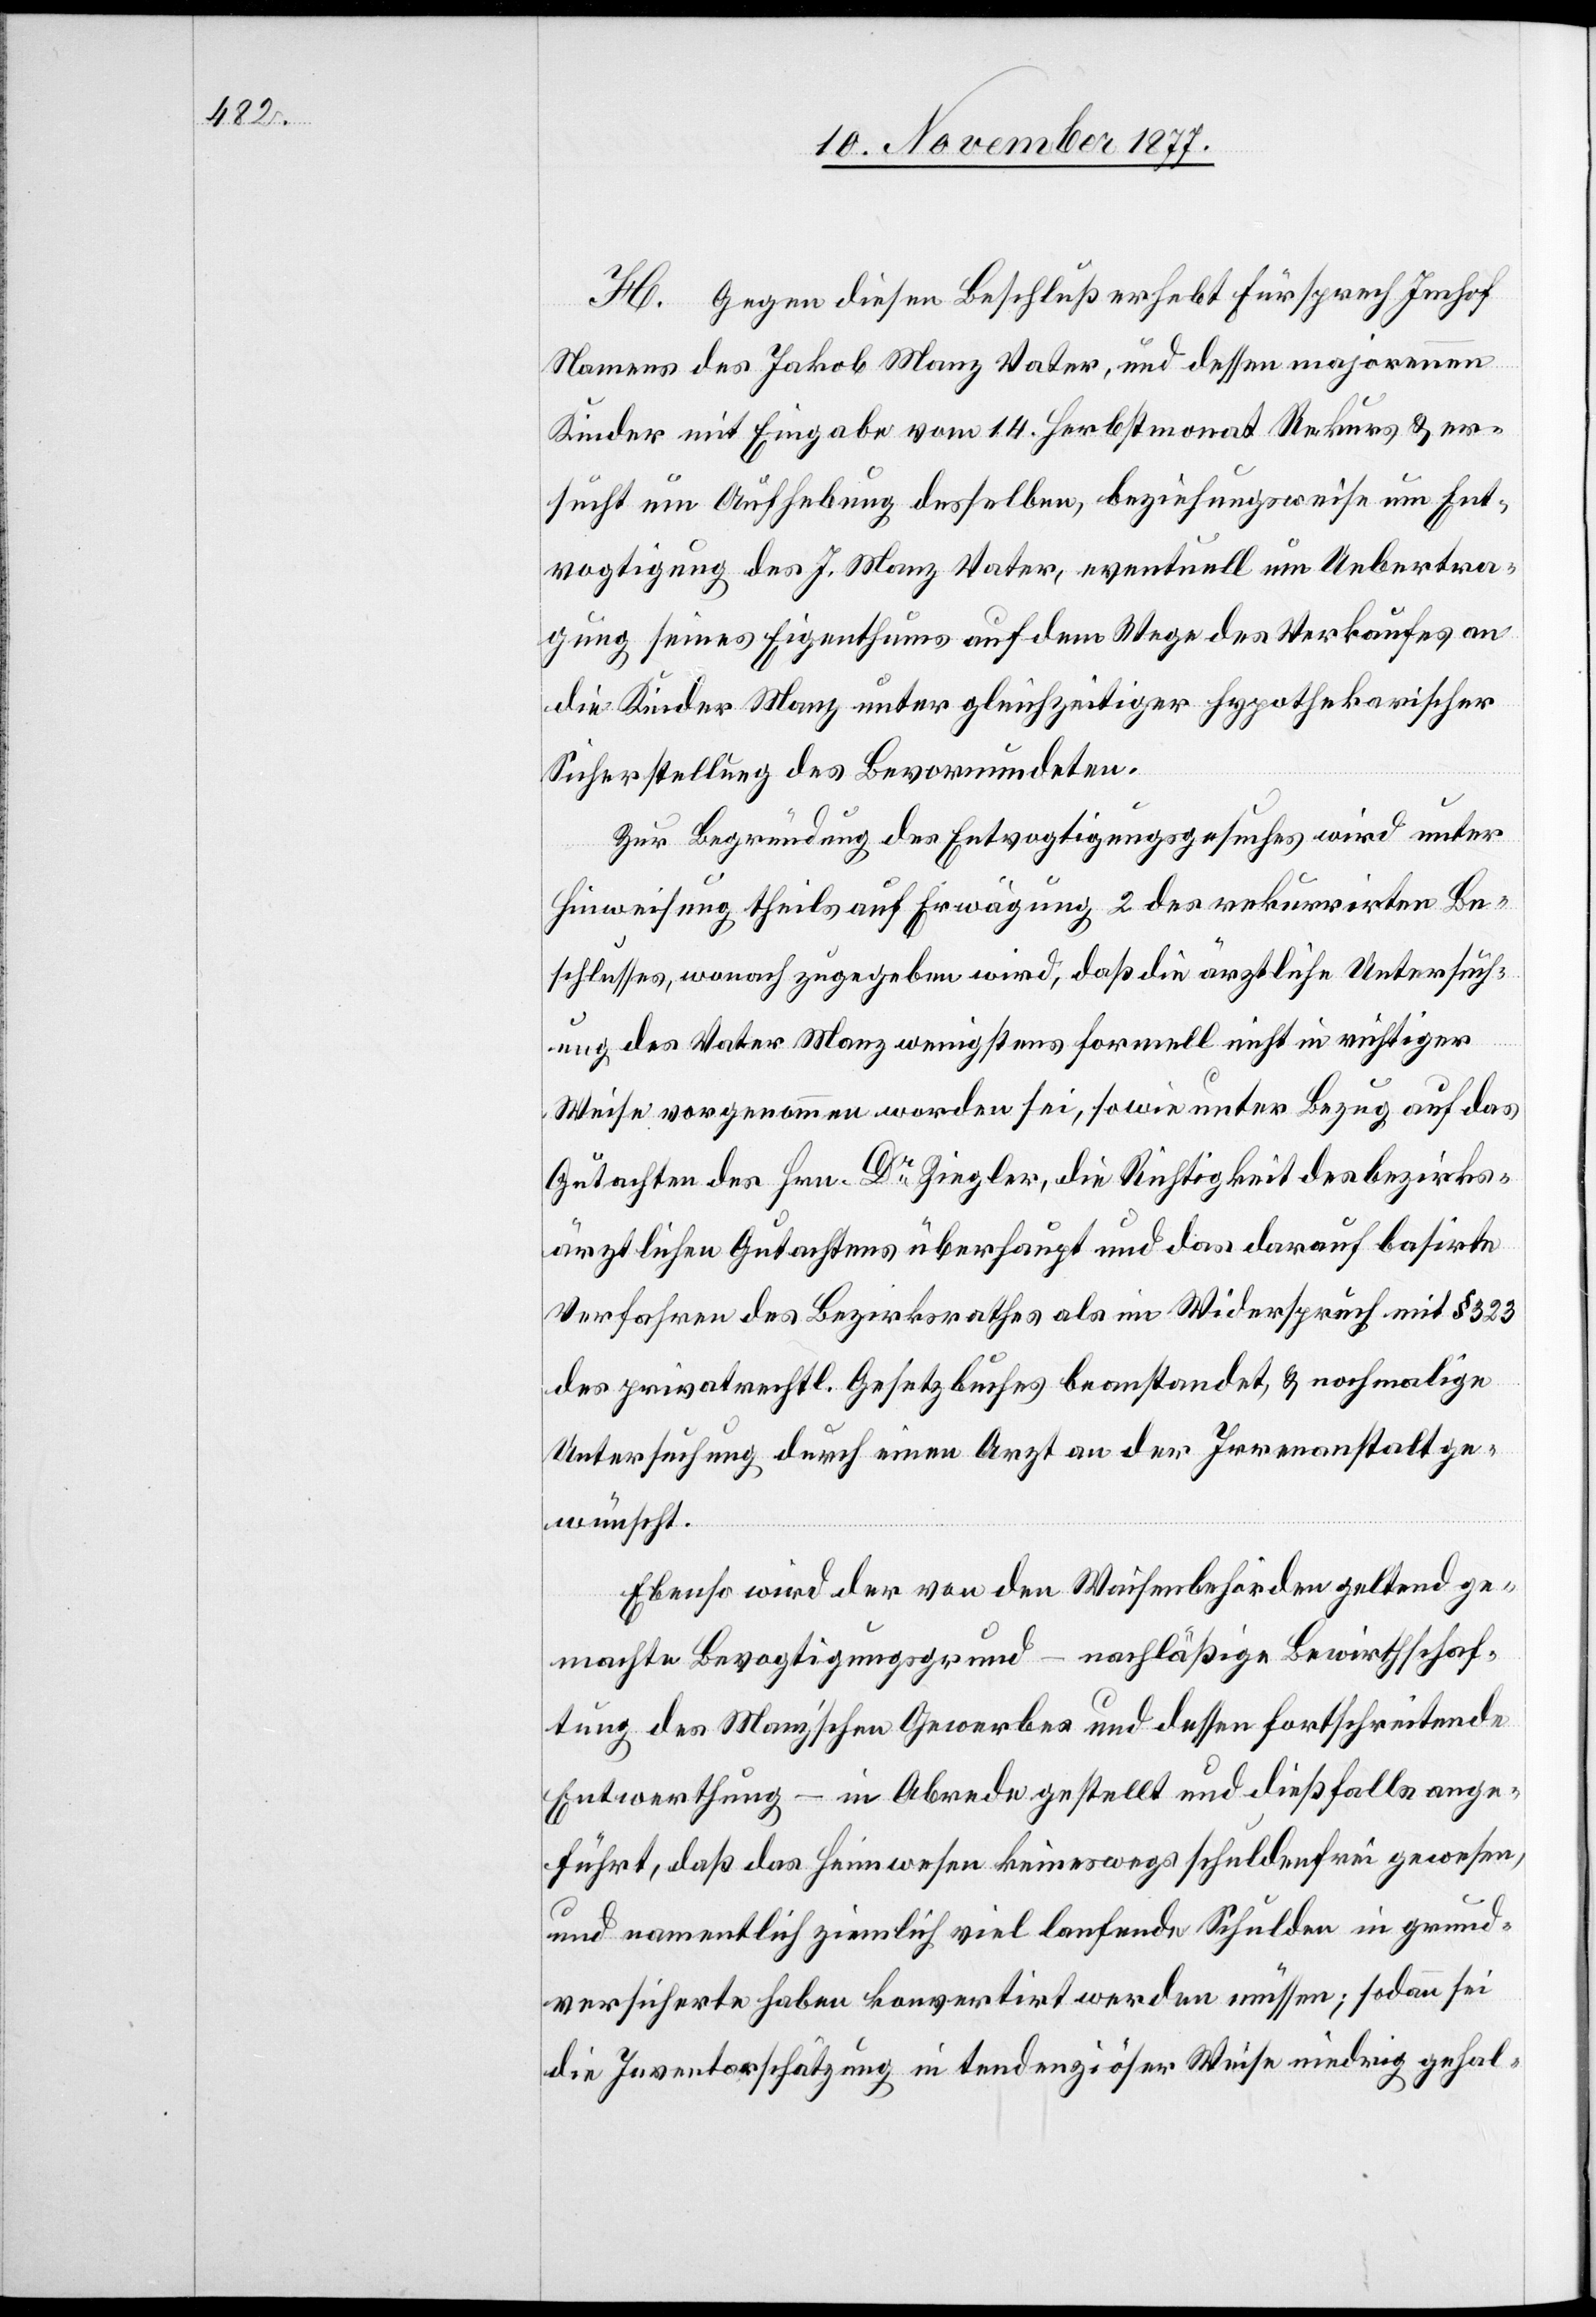
H. Gegen diesen Beschluß erhebt Fürsprech Imhof
Namens des Jakob Manz Vater, und dessen majorennen
Kinder mit Eingabe vom 14. Herbstmonat Rekurs & er¬
sucht um Aufhebung desselben, beziehungsweise um Ent¬
vogtigung des J. Manz Vater, eventuell um Uebertra¬
gung seines Eigenthums auf dem Wege des Verkaufes an
die Kinder Manz unter gleichzeitiger hypothekarischer
Sicherstellung des Bevormundeten.
Zur Begründung des Entvogtigungsgesuches wird unter
Hinweisung theils auf Erwägung 2 des rekurrirten Be¬
schlusses, wonach zugegeben wird, daß die ärztliche Untersuch¬
ung des Vater Manz wenigstens formell nicht in richtiger
Weise vorgenommen worden sei, sowie unter Bezug auf das
Gutachten des Hrn. Dr Ziegler, die Richtigkeit des bezirks¬
ärztlichen Gutachtens überhaupt und das darauf basirte
Verfahren des Bezirksrathes als im Widerspruch mit § 323
des privatrechtl. Gesetzbuches beanstandet, & nochmalige
Untersuchung durch einen Arzt an der Irrenanstalt ge¬
wünscht.
Ebenso wird der von den Waisenbehörden geltend ge¬
machte Bevogtigungsgrund – nachläßige Bewirthschaf¬
tung des Manz’schen Gewerbes und dessen fortschreitende
Entwerthung – in Abrede gestellt und dießfalls ange¬
führt, daß das Heimwesen keineswegs schuldenfrei gewesen,
und namentlich ziemlich viel laufende Schulden in grund¬
versicherte haben konvertirt werden müssen; sodann sei
die Inventarschätzung in tendenziöser Weise niedrig gehal-